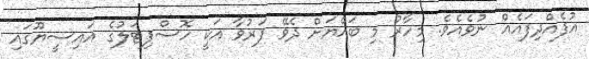
އުފެއްދިފައެއް ނުވެއެވެ. މިހާރު މި ބައްޔަށް ދެވޭ ފަރުވާ އަކީ ހޮސްޕިޓަލުގެ އައިސީޔޫގައި